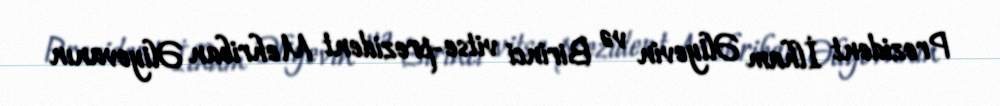
Prezident İlham Əliyevin və Birinci vitse-prezident Mehriban Əliyevanın